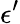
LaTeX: \epsilon^{\prime}